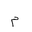
Letter: _mim